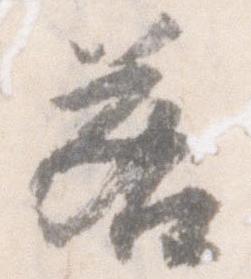
若